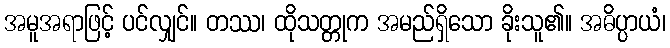
အမူအရာဖြင့် ပင်လျှင်။ တဿ၊ ထိုသတ္တုက အမည်ရှိသော ခိုးသူ၏။ အဓိပ္ပာယံ၊